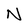
Character: N